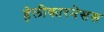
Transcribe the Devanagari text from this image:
हेलीकारनेसस